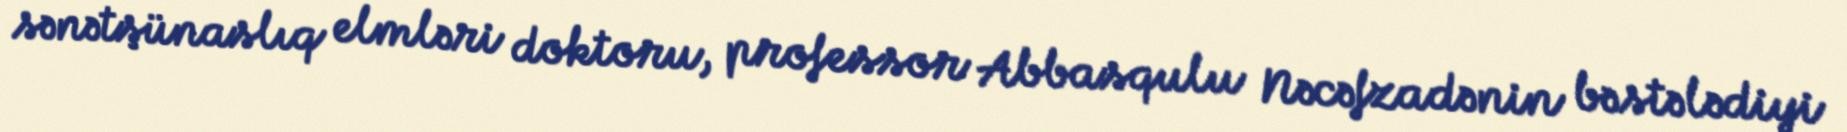
sənətşünaslıq elmləri doktoru, professor Abbasqulu Nəcəfzadənin bəstələdiyi